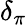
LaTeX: \delta_{\pi}